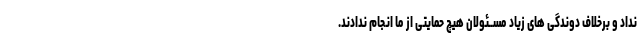
نداد و برخلاف دوندگى هاى زیاد مســئولان هیچ حمایتى از ما انجام ندادند.